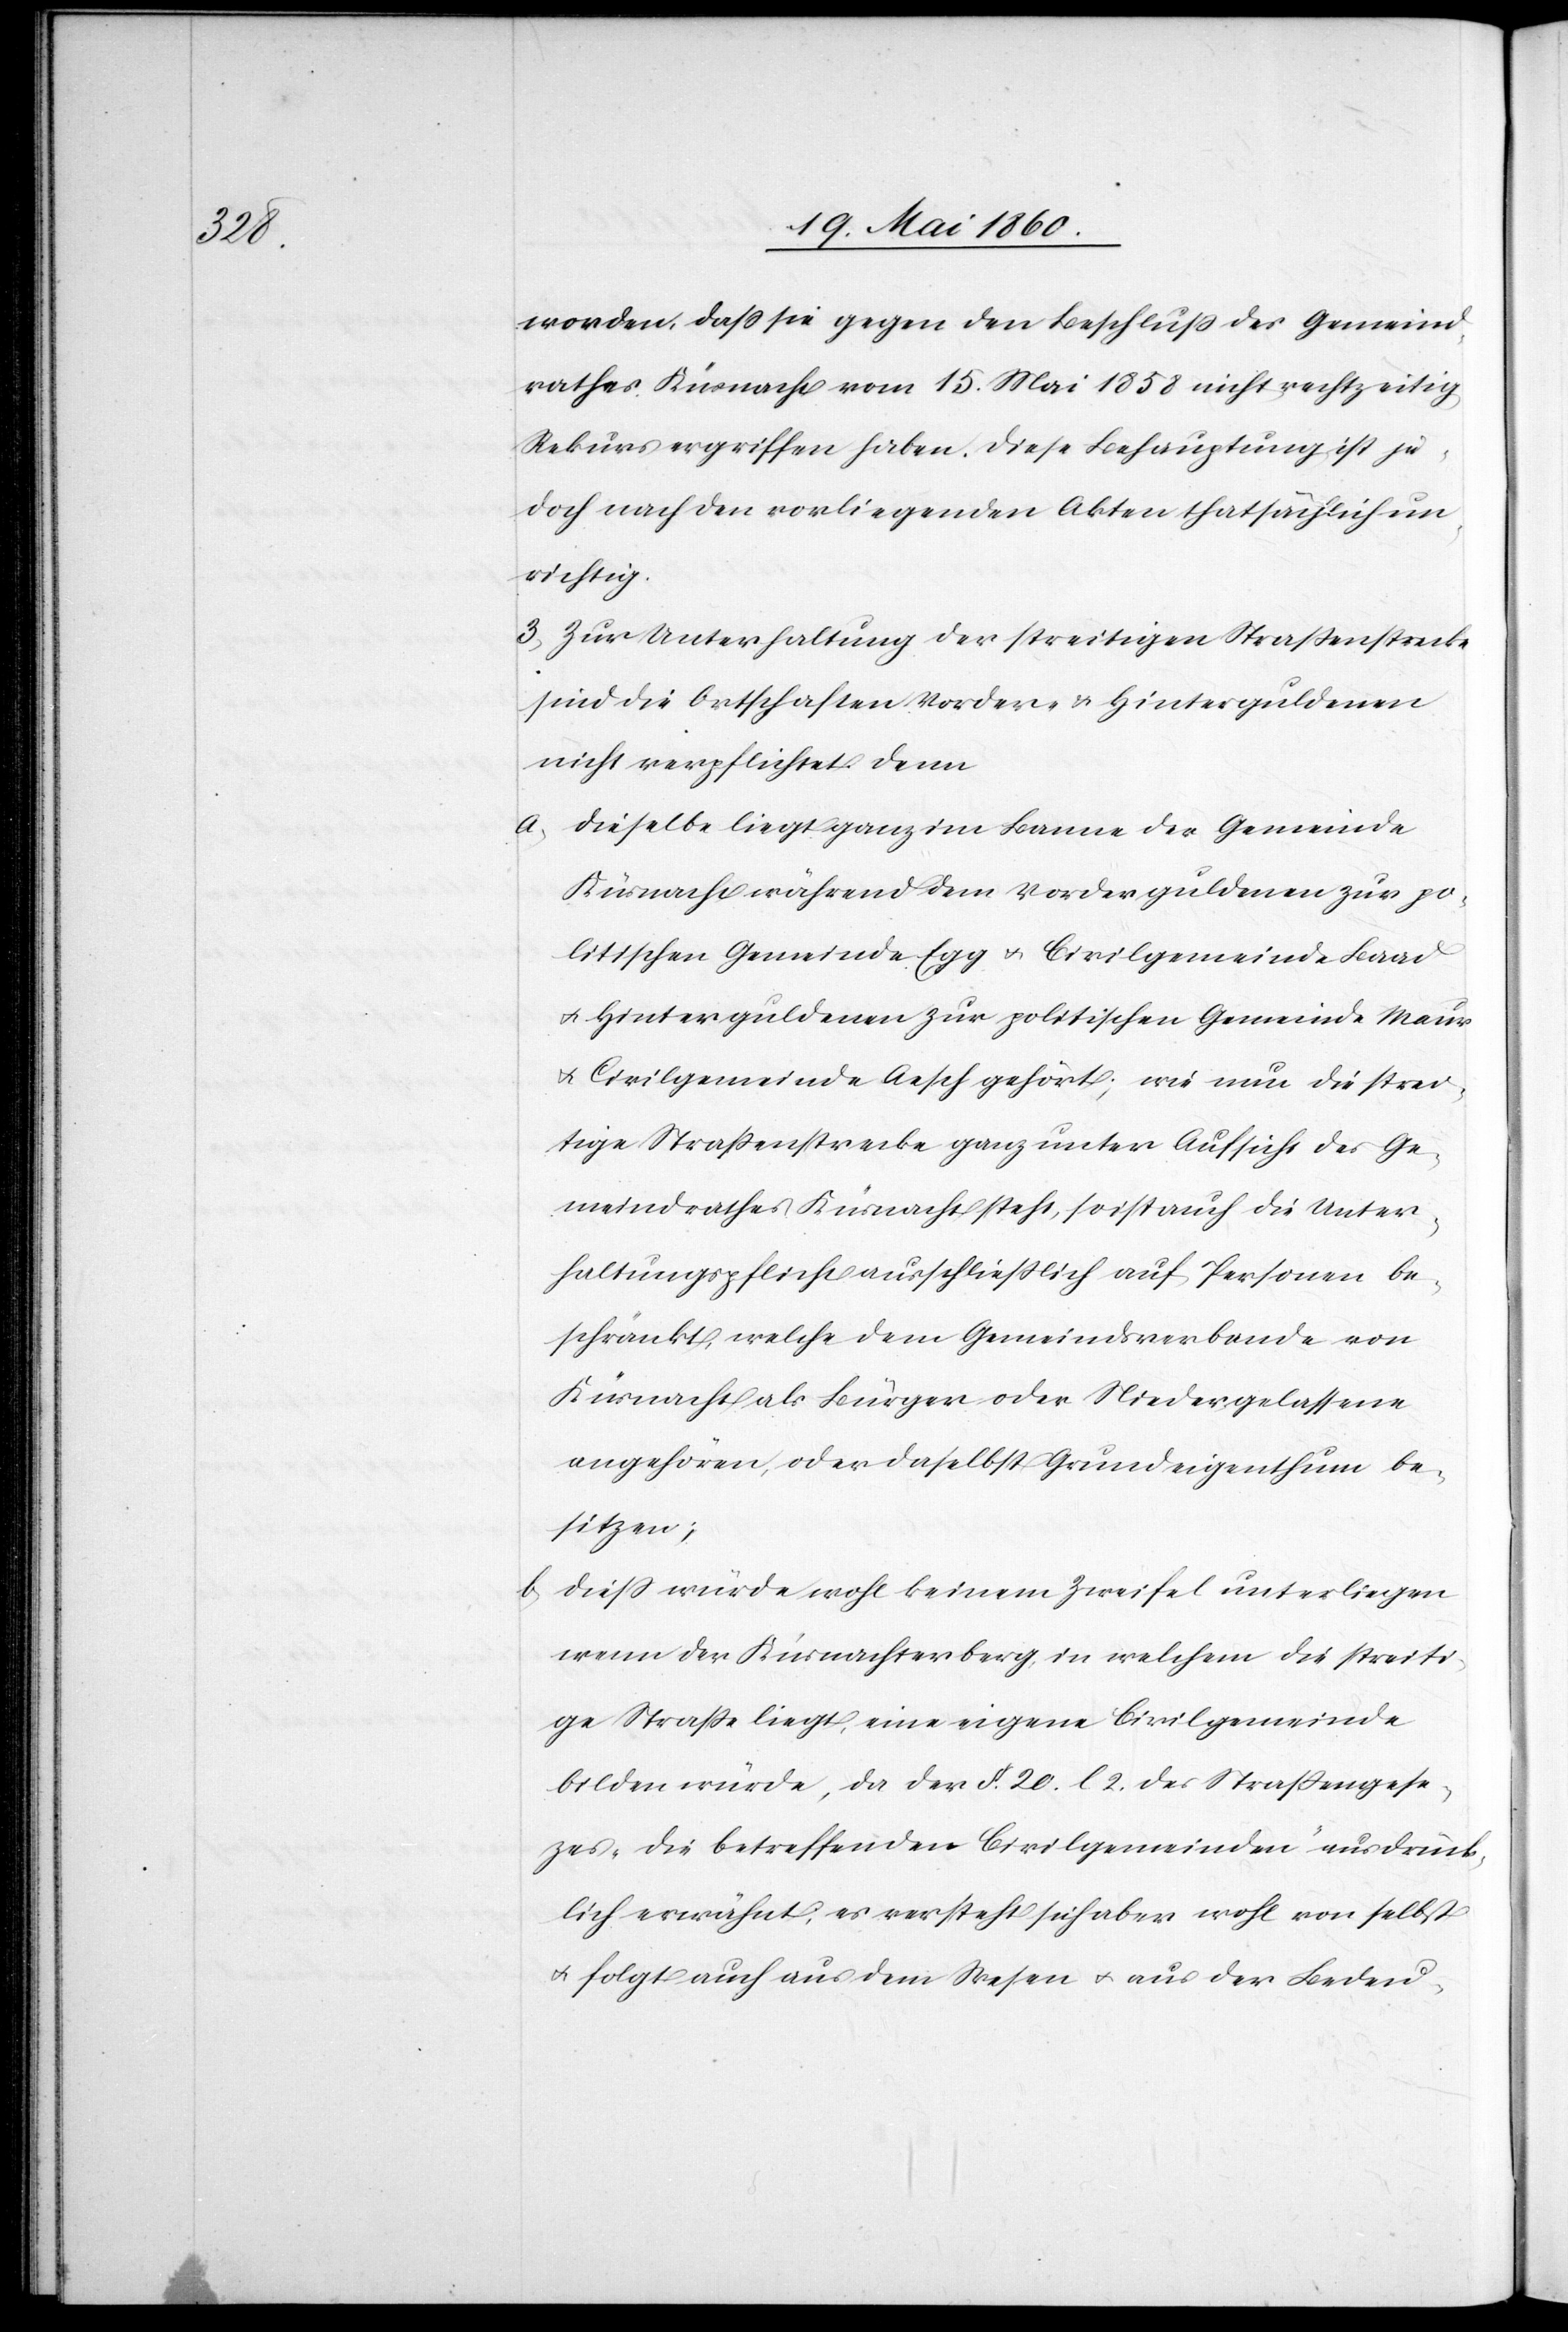
worden, dass sie gegen den Beschluss des Gemeind¬
rathes Küsnacht vom 15. Mai 1858 nicht rechtzeitig
Rekurs ergriffen haben. Diese Behauptung ist je¬
doch nach den vorliegenden Akten thatsächlich un¬
richtig.
3. Zur Unterhaltung der streitigen Strassenstrecke
sind die Ortschaften Vorder- u. Hinterguldenen
nicht verpflichtet denn
a.
dieselbe liegt ganz im Banne der Gemeinde
Küsnacht währenddem Vorderguldenen zur po¬
litischen Gemeinde Egg u. Civilgemeinde Baad
u. Hinterguldenen zur politischen Gemeinde Maur
u. Civilgemeinde Aesch gehört; wie nun die strei¬
tige Strassenstrecke ganz unter Aufsicht des Ge¬
meindrathes Küsnacht stehe, so ist auch die Unter¬
haltungspflicht ausschliesslich auf Personen be¬
schränkt, welche dem Gemeindsverbande von
Küsnacht als Bürger oder Niedergelassene
angehören, oder daselbst Grundeigenthum be¬
sitzen;
b. diess würde wohl keinem Zweifel unterliegen
wenn der Küsnachterberg, in welchem die streiti¬
ge Strasse liegt, eine eigene Civilgemeinde
bilden würde, da der §. 20. l 2. des Strassengeset¬
zes, die betreffenden Civilgemeinden ausdrück¬
lich erwähnt, es versteht sich aber wohl von selbst
u. folgt auch aus dem Wesen u. aus der Bedeu-